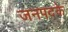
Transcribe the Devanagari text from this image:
जनपदके